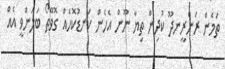
ތަމެން ރަންރީނދޫ ކުދިން ތިޔާ ނޫން އެހެން ކަނޑުކޮހެއް ގޮވޭތޯ ބަލަންވީ އެއް